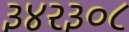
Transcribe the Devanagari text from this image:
३४२३०८